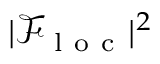
| \mathcal { F } _ { \mathrm { ~ l ~ o ~ c ~ } } | ^ { 2 }